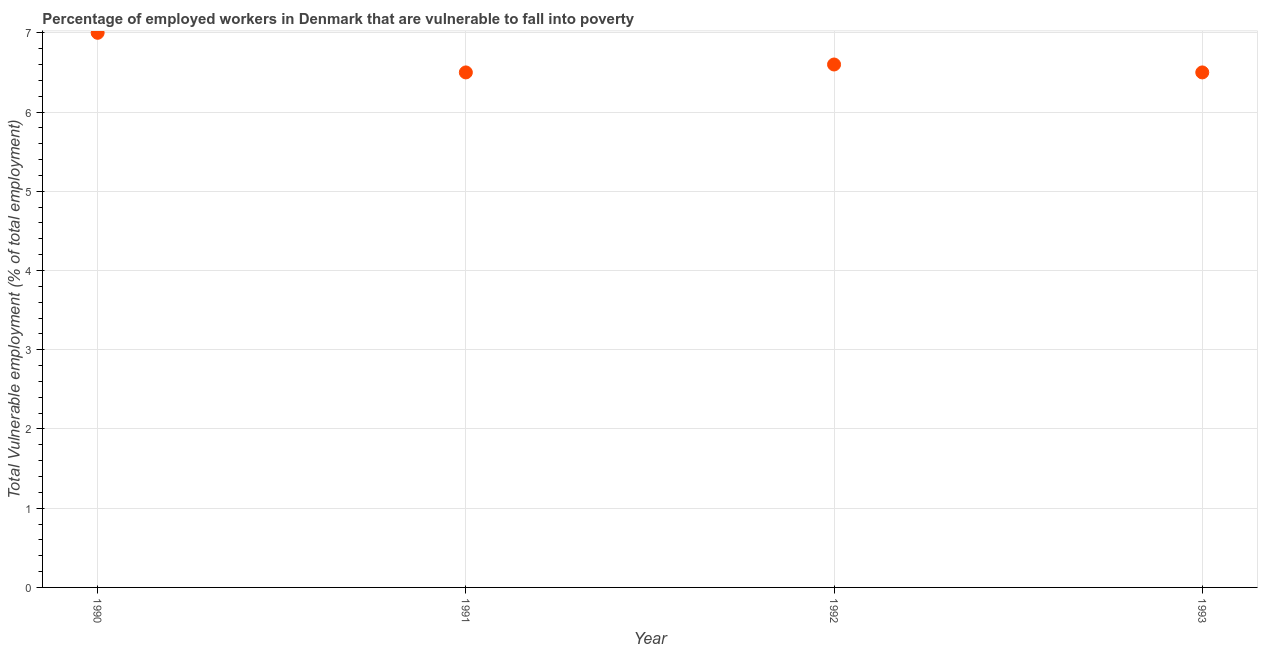
| Year | Vulnerable employment |
 | --- | --- |
 | 1990 | 7 |
 | 1991 | 6.5 |
 | 1992 | 6.6 |
 | 1993 | 6.5 |